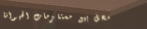
محل بيع مستلزمات الحيوانا